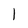
Character: 1